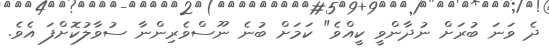
ދެ ވަނަ ބުރަށް ނުދާންވީ ކީއްވެ" ކަމަށް ބުނެ ނޫސްވެރިންނާ ސުވާލުކޮށްފަ އެވެ.